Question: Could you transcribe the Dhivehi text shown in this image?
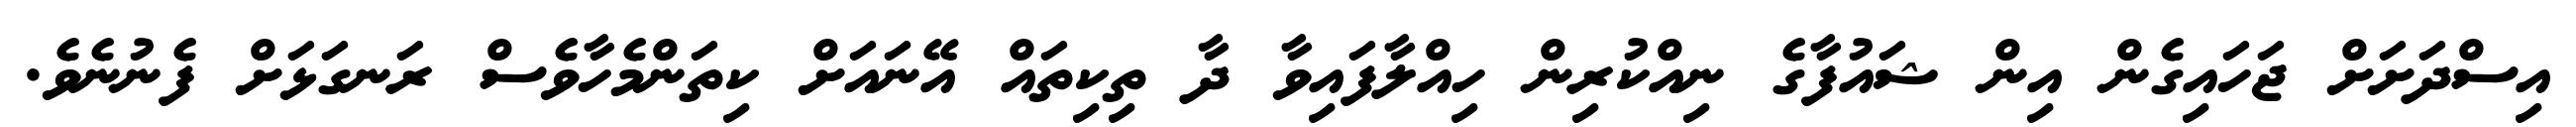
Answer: އިސްދަށަށް ޖަހައިގެން އިން ޝައުފާގެ ނިއްކުރިން ހިއްލާފައިވާ ދާ ތިކިތައް އޭނައަށް ކިތަންމެހާވެސް ރަނގަޅަށް ފެނުނެވެ.